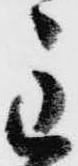
主